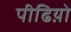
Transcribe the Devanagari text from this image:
पीढिय़ो